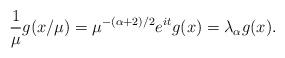
LaTeX: \begin{align*}\frac{1}{\mu }g(x/ \mu) = \mu^{-(\alpha +2)/2}e^{it} g(x) = \lambda_{\alpha} g(x).\end{align*}